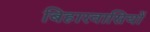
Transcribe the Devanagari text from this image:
बिहारवासियों